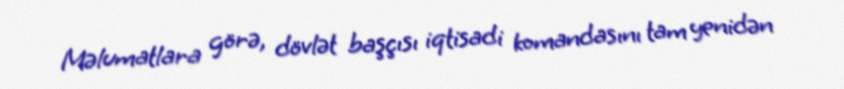
Məlumatlara görə, dövlət başçısı iqtisadi komandasını tam yenidən